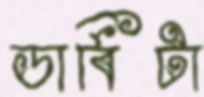
ডার্বিটা